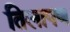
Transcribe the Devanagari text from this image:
तिलापण